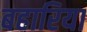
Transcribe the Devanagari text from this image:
बहारिया